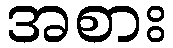
အစား